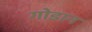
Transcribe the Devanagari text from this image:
गोडान